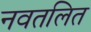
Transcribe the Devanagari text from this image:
नवतलित